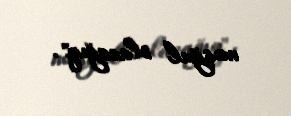
məşğul olacağıq".